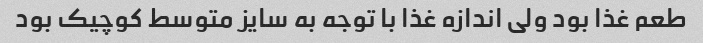
طعم غذا بود ولی اندازه غذا با توجه به سایز متوسط کوچیک بود